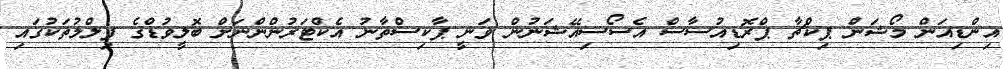
އިންޑިއަން މޯޝަން ޕިކްޗާ ޕްރޮޑިއުސާސް އެސޯސިއޭޝަނުން ވަނީ ޕާކިސްތާނު އެކްޓަރުންންނަށް ބޮލީވުޑްގެ ފިލްމުތަކުގައި